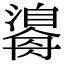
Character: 𤂃